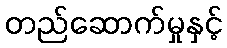
တည်ဆောက်မှုနှင့်